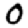
Digit: 0